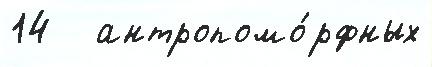
14   антропомо́рфных